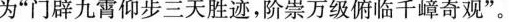
为”门辟九霄仰步三天胜迹，阶崇万级俯临千嶂奇观”。